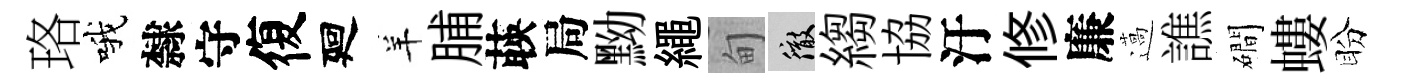
珞哦隸守復廻羊脯𦴤局黝繩甸徹縐協汙修廉薖譙磵螻盼